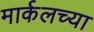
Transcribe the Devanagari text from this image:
मार्कलच्या